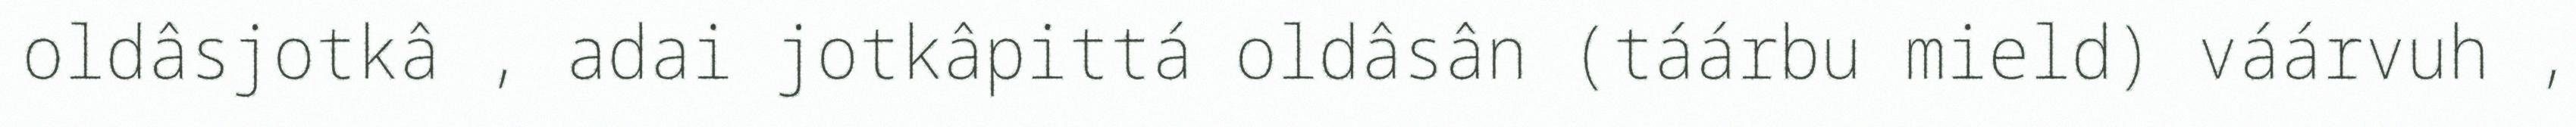
oldâsjotkâ , adai jotkâpittá oldâsân (táárbu mield) váárvuh ,